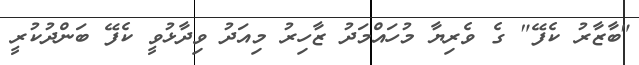
"ބާޒާރު ކެފޭ" ގެ ވެރިޔާ މުހައްމަދު ޒާހިރު މިއަދު ވިދާޅުވީ ކެފޭ ބަންދުކުރީ